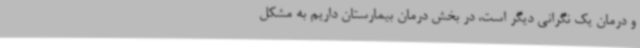
و درمان یک نگرانی دیگر است، در بخش درمان بیمارستان داریم به مشکل